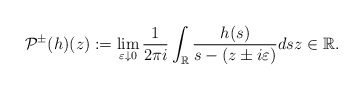
\begin{align*}\mathcal{P}^{\pm}(h)(z):=\lim _{\varepsilon \downarrow 0} \frac{1}{2 \pi i} \int_{\mathbb{R}} \frac{h(s)}{s-(z \pm i\varepsilon)} d s z \in\mathbb{R}.\end{align*}